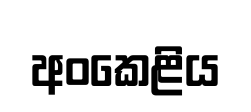
අංකෙළිය